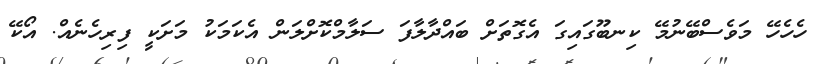
ހެހެހޭ މަވެސްބޭނުމޭ ކިނބޫގައިގަ އެގޮތަށް ބައްދާލާފަ ސަލާމްކޮށްލަން އެކަމަކު މަށަކީ ފިރިހެނެއް. އޯކޭ